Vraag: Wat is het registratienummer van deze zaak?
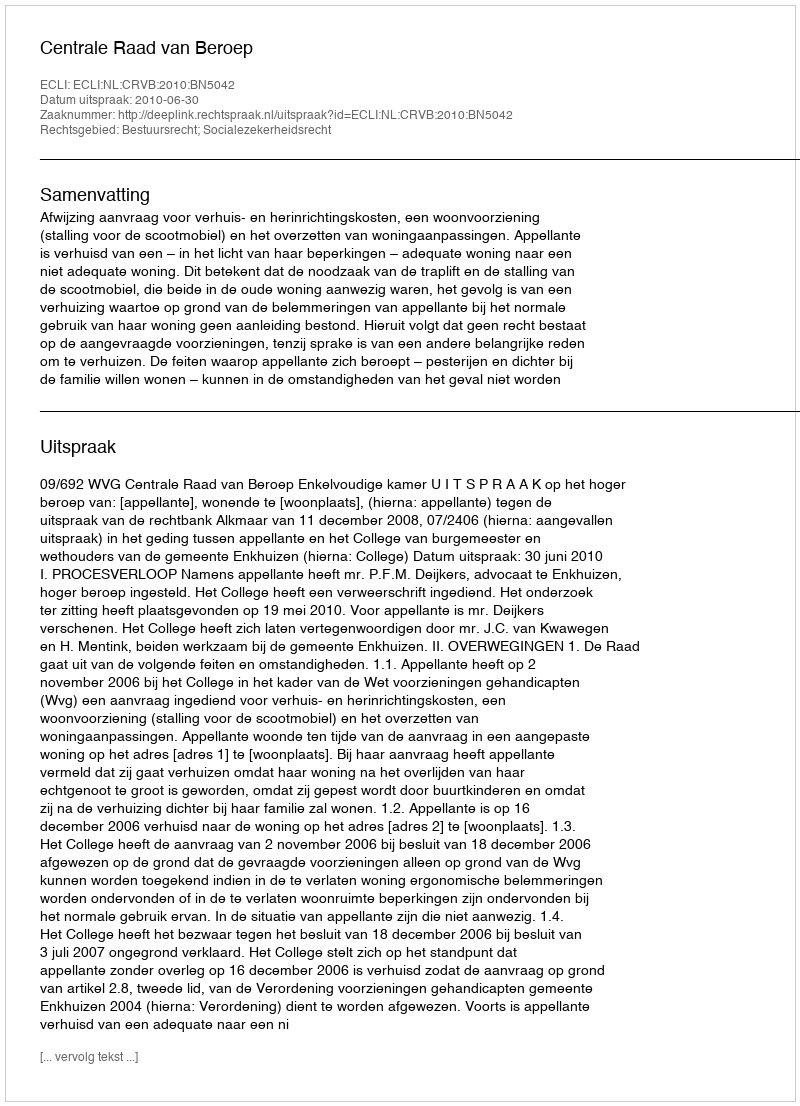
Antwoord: http://deeplink.rechtspraak.nl/uitspraak?id=ECLI:NL:CRVB:2010:BN5042